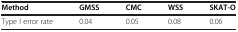
<table><thead><tr><td><b>Method</b></td><td><b>GMSS</b></td><td><b>CMC</b></td><td><b>WSS</b></td><td><b>SKAT-O</b></td></tr></thead><tbody><tr><td>Type I error rate</td><td>0.04</td><td>0.05</td><td>0.08</td><td>0.06</td></tr></tbody></table>